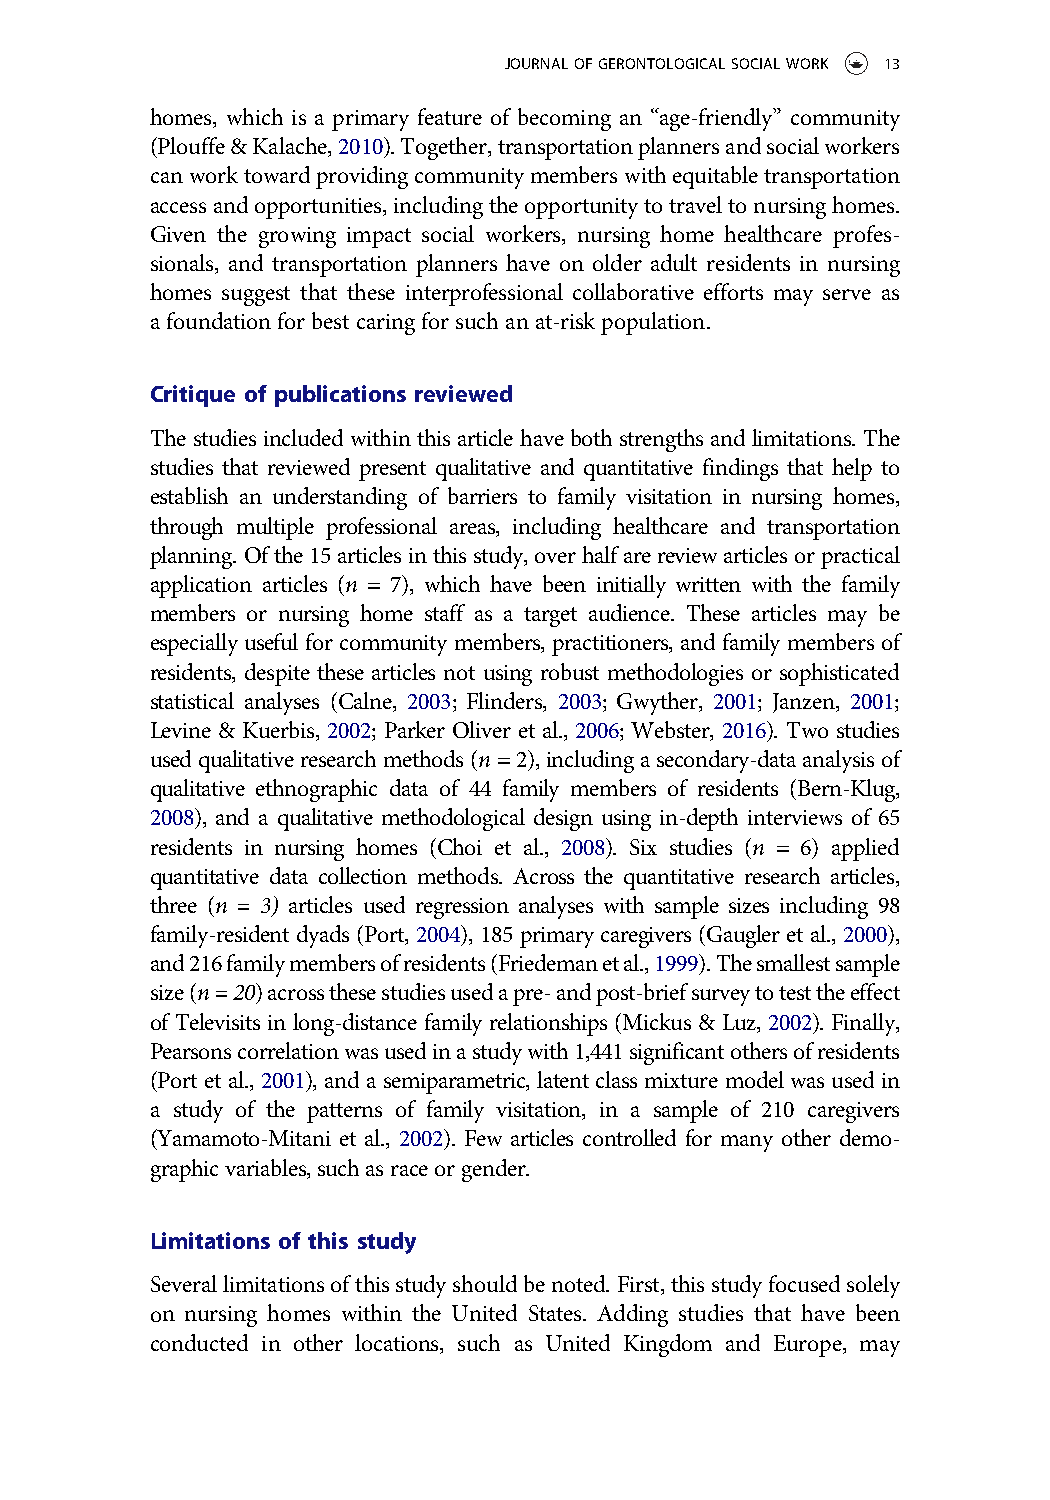
JOURNALOFGERONTOLOGICALSOCIALWORK 13
 homes, which is a primary feature of becoming an “age-friendly” community
 (Plouffe&Kalache,2010).Together,transportationplannersandsocialworkers
 canworktowardprovidingcommunitymemberswithequitabletransportation
 accessandopportunities,includingtheopportunitytotraveltonursinghomes.
 Given the growing impact social workers, nursing home healthcare profes-
 sionals, and transportation planners have on older adult residents in nursing
 homes suggest that these interprofessional collaborative efforts may serve as
 a foundationforbest caringforsuchan at-riskpopulation.
 Critique of publications reviewed
 The studies included within this article have both strengths and limitations. The
 studies that reviewed present qualitative and quantitative findings that help to
 establish an understanding of barriers to family visitation in nursing homes,
 through multiple professional areas, including healthcare and transportation
 planning.Ofthe15articlesinthisstudy,overhalfarereviewarticlesorpractical
 application articles (n = 7), which have been initially written with the family
 members or nursing home staff as a target audience. These articles may be
 especially useful for community members, practitioners, and family members of
 residents, despite these articles not using robust methodologies or sophisticated
 statistical analyses (Calne, 2003; Flinders, 2003; Gwyther, 2001; Janzen, 2001;
 Levine & Kuerbis, 2002; Parker Oliver et al., 2006; Webster, 2016). Two studies
 usedqualitativeresearchmethods(n=2),includingasecondary-dataanalysisof
 qualitative ethnographic data of 44 family members of residents (Bern-Klug,
 2008), and a qualitative methodological design using in-depth interviews of 65
 residents in nursing homes (Choi et al., 2008). Six studies (n = 6) applied
 quantitative data collection methods. Across the quantitative research articles,
 three (n = 3) articles used regression analyses with sample sizes including 98
 family-resident dyads (Port,2004),185 primarycaregivers(Gaugler et al.,2000),
 and216familymembersofresidents(Friedemanetal.,1999).Thesmallestsample
 size(n=20)acrossthesestudiesusedapre-andpost-briefsurveytotesttheeffect
 of Televisits in long-distance family relationships (Mickus & Luz, 2002). Finally,
 Pearsonscorrelationwasusedinastudywith1,441significantothersofresidents
 (Port et al., 2001), and a semiparametric, latent class mixture model was used in
 a study of the patterns of family visitation, in a sample of 210 caregivers
 (Yamamoto-Mitani et al., 2002). Few articles controlled for many other demo-
 graphicvariables,suchasraceorgender.
 Limitations of this study
 Severallimitationsofthisstudyshouldbenoted.First,thisstudyfocusedsolely
 on nursing homes within the United States. Adding studies that have been
 conducted in other locations, such as United Kingdom and Europe, may